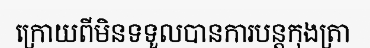
ក្រោយពីមិនទទួលបានការបន្តកុងត្រា